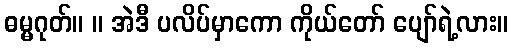
ဓမ္မဂုတ်။ ။ အဲဒီ ပလိပ်မှာကော ကိုယ်တော် ပျော်ရဲ့လား။